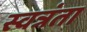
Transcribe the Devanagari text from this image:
स्वत्रंता